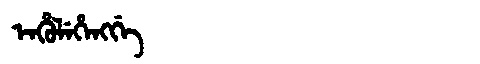
Manchu: ᡝᠨᡥᡠᠯᡝᡥᡝᠩᡤᡝ
Romanization: ENHULEHENGGE